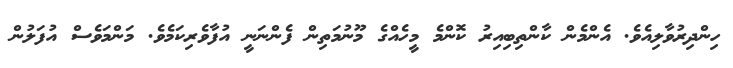
ހިންދިރުވާލިއެވެ. އެންމެން ކާންތިބިއިރު ކޮންމެ މީހެއްގެ މޫނުމަތިން ފެންނަނީ އުފާވެރިކަމެވެ. މަންމަވެސް އުފަލުން